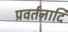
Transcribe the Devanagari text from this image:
प्रवर्तनादि